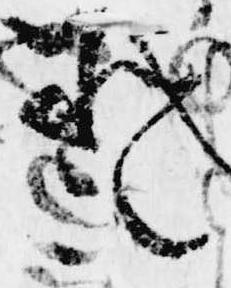
と